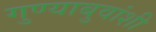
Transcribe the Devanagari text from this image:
गुण्याबुवांशी